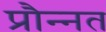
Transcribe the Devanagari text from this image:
प्रौन्‍नत